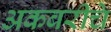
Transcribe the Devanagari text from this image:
अकबरीचे